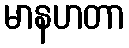
မာနဟတာ